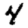
Digit: 4